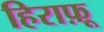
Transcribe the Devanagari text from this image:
हिराफ़ू